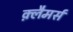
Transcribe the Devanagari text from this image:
क़्लैमर्स